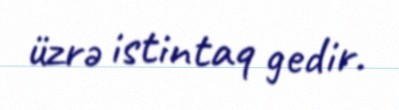
üzrə istintaq gedir.